Report on the working of the Ranchi Indian Mental Hospital, Kanke, in Bihar and Orissa - 1930-1940
Year: 1930
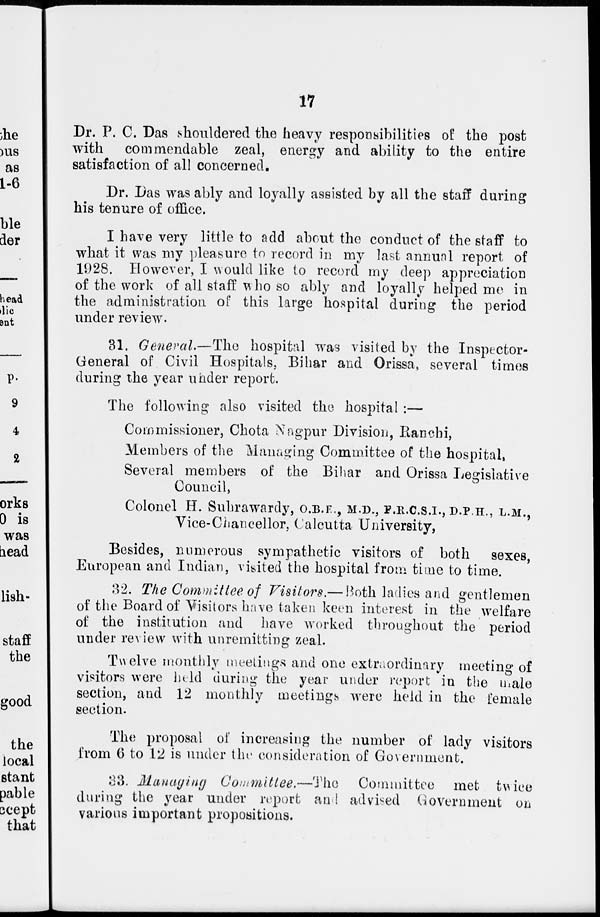
17
Dr. P. C. Das shouldered the heavy responsibilities of the post
with commendable zeal, energy and ability to the entire
satisfaction of all concerned.
Dr. Das was ably and loyally assisted by all the staff during
his tenure of office.
I have very little to add about the conduct of the staff to
what it was my pleasure to record in my last annual report of
1928. However, I would like to record my deep appreciation
of the work of all staff who so ably and loyally helped me in
the administration of this large hospital during the period
under review.
31. General.—The hospital was visited by the Inspector-
General of Civil Hospitals, Bihar and Orissa, several times
during the year under report.
The following also visited the hospital :—
Commissioner, Chota Nagpur Division, Ranchi,
Members of the Managing Committee of the hospital,
Several members of the Bihar and Orissa Legislative
Council,
Colonel H. Suhrawardy, O.B.E., M.D., F.R.C.S.I., D.P.H., L.M.,
Vice-Chancellor, Calcutta University,
Besides, numerous sympathetic visitors of both sexes,
European and Indian, visited the hospital from time to time.
32. The Committee of Visitors.— Both ladies and gentlemen
of the Board of Visitors have taken keen interest in the welfare
of the institution and have worked throughout the period
under review with unremitting zeal.
Twelve monthly meetings and one extraordinary meeting of
visitors were held during the year under report in the male
section, and 12 monthly meetings were held in the female
section.
The proposal of increasing the number of lady visitors
from 6 to 12 is under the consideration of Government.
33. Managing Committee.—The
Committee met twice
during the year under report and advised Government on
various important propositions.